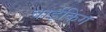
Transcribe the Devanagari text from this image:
वाईकिंग